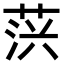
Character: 𦲍